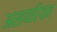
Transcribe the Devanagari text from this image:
असायरियन